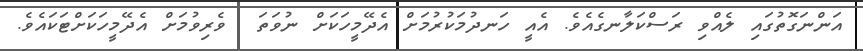
އަންނަގޮތުގައި ލެއްވި ރަސްކަލާނގެއެވެ. އެއީ ހަނދުމަކުރުމަށް އެދޭމީހަކަށް ނުވަތަ  ވެރިވުމަށް އެދޭމީހަކަށްޓަކައެވެ.